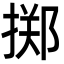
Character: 掷